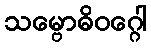
သမ္ဗောဓိဝဂ္ဂေါ